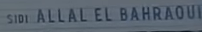
SIDI ALLAL EL BAHRAOU